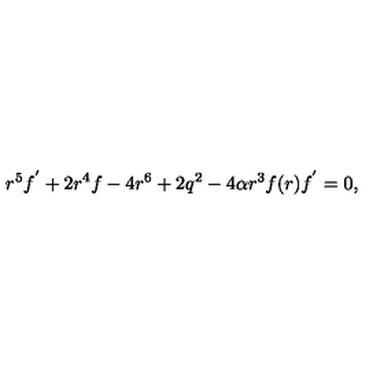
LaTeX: r ^ { 5 } f ^ { ^ { \prime } } + 2 r ^ { 4 } f - 4 r ^ { 6 } + 2 q ^ { 2 } - 4 \alpha r ^ { 3 } f ( r ) f ^ { ^ { \prime } } = 0 ,